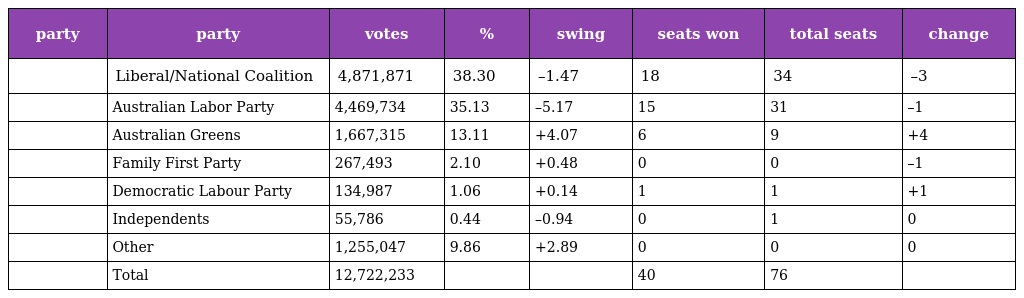
| party | party | votes | % | swing | seats won | total seats | change |
 | --- | --- | --- | --- | --- | --- | --- | --- |
 |  | Liberal/National Coalition | 4,871,871 | 38.30 | –1.47 | 18 | 34 | –3 |
 |  | Australian Labor Party | 4,469,734 | 35.13 | –5.17 | 15 | 31 | –1 |
 |  | Australian Greens | 1,667,315 | 13.11 | +4.07 | 6 | 9 | +4 |
 |  | Family First Party | 267,493 | 2.10 | +0.48 | 0 | 0 | –1 |
 |  | Democratic Labour Party | 134,987 | 1.06 | +0.14 | 1 | 1 | +1 |
 |  | Independents | 55,786 | 0.44 | –0.94 | 0 | 1 | 0 |
 |  | Other | 1,255,047 | 9.86 | +2.89 | 0 | 0 | 0 |
 |  | Total | 12,722,233 |  |  | 40 | 76 |  |